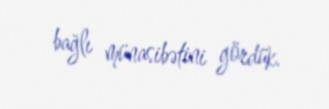
bağlı münasibətini gördük.